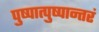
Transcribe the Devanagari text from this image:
पुष्पात्पुष्पान्तरं